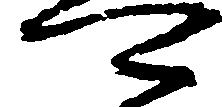
可